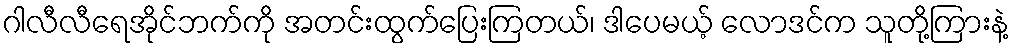
ဂါလီလီရေအိုင်ဘက်ကို အတင်းထွက်ပြေးကြတယ်၊ ဒါပေမယ့် လောဒင်က သူတို့ကြားနဲ့